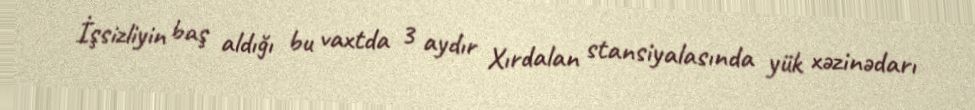
İşsizliyin baş aldığı bu vaxtda 3 aydır Xırdalan stansiyalasında yük xəzinədarı